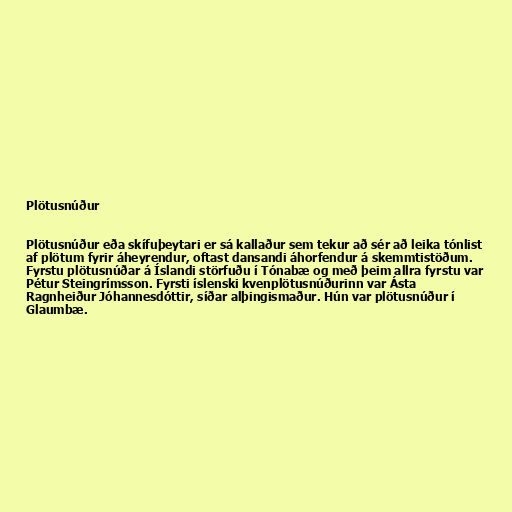
Plötusnúður

Plötusnúður eða skífuþeytari er sá kallaður sem tekur að sér að leika tónlist
af plötum fyrir áheyrendur, oftast dansandi áhorfendur á skemmtistöðum.
Fyrstu plötusnúðar á Íslandi störfuðu í Tónabæ og með þeim allra fyrstu var
Pétur Steingrímsson. Fyrsti íslenski kvenplötusnúðurinn var Ásta
Ragnheiður Jóhannesdóttir, síðar alþingismaður. Hún var plötusnúður í
Glaumbæ.